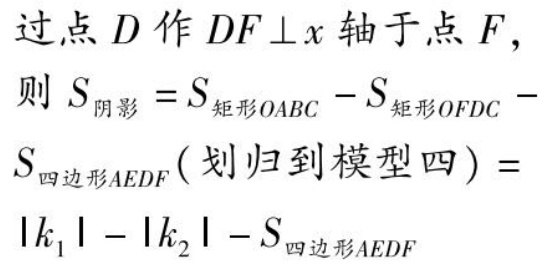
过点\(D\)作\(DF\perp x\)轴于点\(F\)，
则\(S_{阴影}=S_{矩形OABC}-S_{矩形OFDC}-
S_{四边形AEDF}(划归到模型四)=
|k_{1}|-|k_{2}|-S_{四边形AEDF}\)